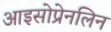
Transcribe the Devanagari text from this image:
आइसोप्रेनलिन